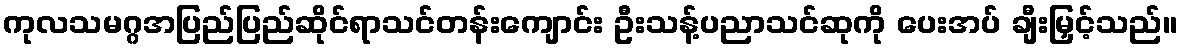
ကုလသမဂ္ဂအပြည်ပြည်ဆိုင်ရာသင်တန်းကျောင်း ဦးသန့်ပညာသင်ဆုကို ပေးအပ် ချီးမြှင့်သည်။